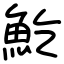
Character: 䰴